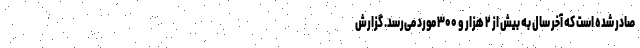
صادر شده است که آخر سال به بیش از ۲ هزار و ۳۰۰ مورد می‌رسد. گزارش